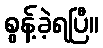
စွန့်ခဲ့ရပြီ။